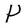
Character: P